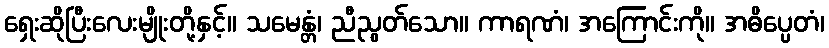
ရှေးဆိုပြီးလေးမျိုးတို့နှင့်။ သမေန္တံ၊ ညီညွတ်သော။ ကာရဏံ၊ အကြောင်းကို။ အဓိပ္ပေတံ၊